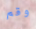
وقم